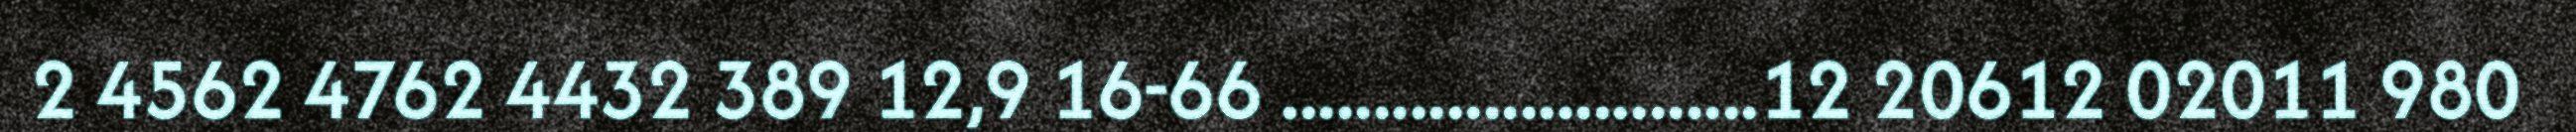
2 4562 4762 4432 389 12,9 16-66 ..........................12 20612 02011 980